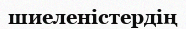
шиеленістердің